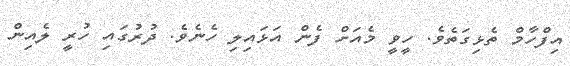
އިފްހާމް ތެޅިގަތެވެ. ހީވީ މެއަށް ފެން އަޅައިލި ހެނެވެ. ދުރުގައި ހުރީ ލެއިން